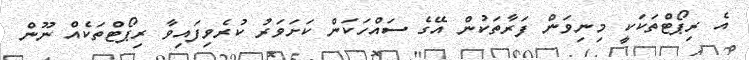
އެ ރިޕޯޓްތަކަކީ މިނިވަން ފަރާތަކުން އޭގެ ސައްހަކަން ކަށަވަރު ކުރެވިފައިވާ ރިޕޯޓްތަކެއް ނޫން